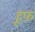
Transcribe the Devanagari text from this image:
हूफ़